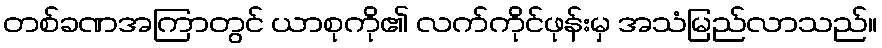
တစ်ခဏအကြာတွင် ယာစုကို၏ လက်ကိုင်ဖုန်းမှ အသံမြည်လာသည်။